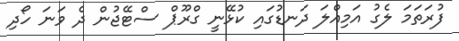
ފުރަތަމަ ލެގު އަމިއްލަ ދަނޑުގައި ކުޅޭނީ ގްރޫޕް ސްޓޭޖުން ދެ ވަނަ ހޯދި